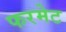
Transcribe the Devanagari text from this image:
फरमेट